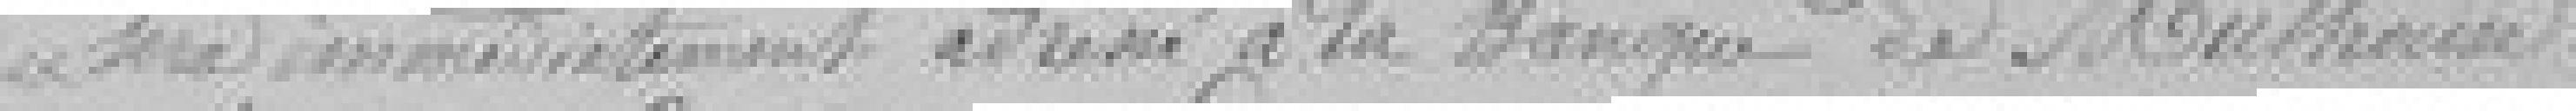
sera immédiatement adressée à la Banque de Mulhouse.